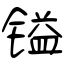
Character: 镒